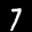
Label: 7